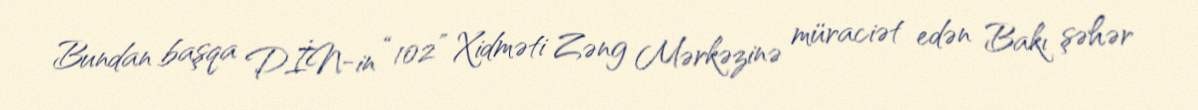
Bundan başqa DİN-in “102” Xidməti Zəng Mərkəzinə müraciət edən Bakı şəhər